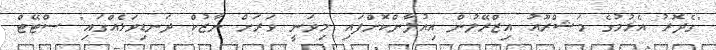
"ގެދޮރު އެޅުމުގެ މަޝްރޫއު އިޒްރޭލުން އިއުލާންކޮށްފައި މިވަނީ ވަރަށް ނާޒުކް ދަނޑިވަޅެއްގައި" ސްޓޭޓް